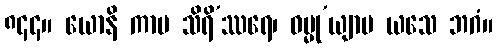
၈၄၄။ ယောနိ ကာမ သိရိ’ဿရေ၊ ဓမ္မု’ယျာမ ယသေ ဘဂံ။